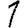
Digit: 1